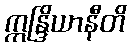
ဣန္ဒြိယာနီတိ